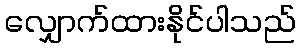
လျှောက်ထားနိုင်ပါသည်